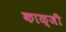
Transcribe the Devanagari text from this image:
काळ्जी